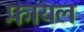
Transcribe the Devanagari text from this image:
फ़ायल